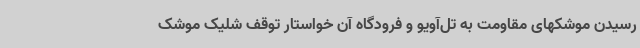
رسیدن موشکهای مقاومت به تل‌آویو و فرودگاه آن خواستار توقف شلیک موشک